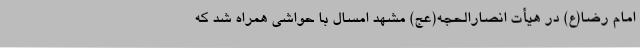
امام رضا(ع) در هیأت انصارالحجه(عج) مشهد امسال با حواشی همراه شد که